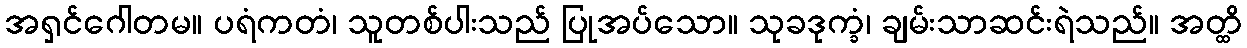
အရှင်ဂေါတမ။ ပရံကတံ၊ သူတစ်ပါးသည် ပြုအပ်သော။ သုခဒုက္ခံ၊ ချမ်းသာဆင်းရဲသည်။ အတ္ထိ